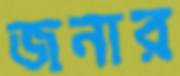
জনার